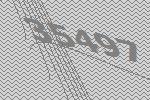
35497